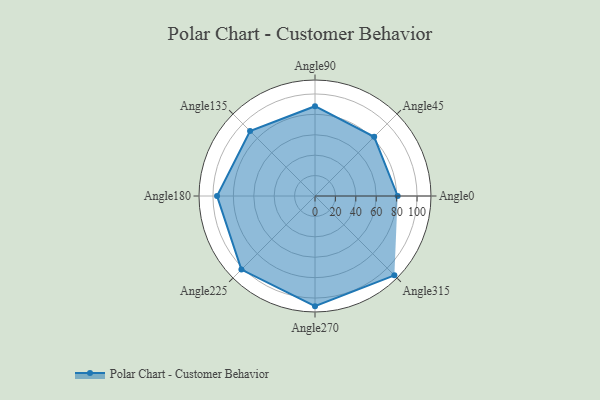
{"axis": {"x": "Angle", "y": "Radius"}, "legend": [""], "data": [{"x": "Angle0", "y": 81.0, "type": ""}, {"x": "Angle45", "y": 82.0, "type": ""}, {"x": "Angle90", "y": 88.0, "type": ""}, {"x": "Angle135", "y": 90.0, "type": ""}, {"x": "Angle180", "y": 96.0, "type": ""}, {"x": "Angle225", "y": 102.0, "type": ""}, {"x": "Angle270", "y": 108.0, "type": ""}, {"x": "Angle315", "y": 110.0, "type": ""}]}